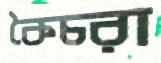
কৈচরা